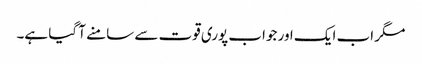
مگر اب ایک اور جواب پوری قوت سے سامنے آ گیا ہے۔